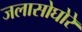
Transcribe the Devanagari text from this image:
जलासोघोरे